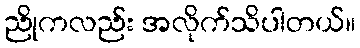
ညိုကလည်း အလိုက်သိပါတယ်။